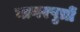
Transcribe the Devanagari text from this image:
नागरपुत्रों